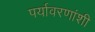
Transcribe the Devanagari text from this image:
पर्यावरणांशी